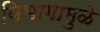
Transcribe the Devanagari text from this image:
विभागामुळे